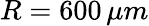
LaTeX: R=600\, \mu m